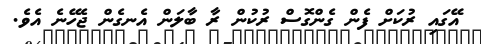
އޭގައި ރުކަށް ފެން ގެންގޮސް ރުކުން ރާ ބާލަން އެނގެން ޖެހޭނެ އެވެ.